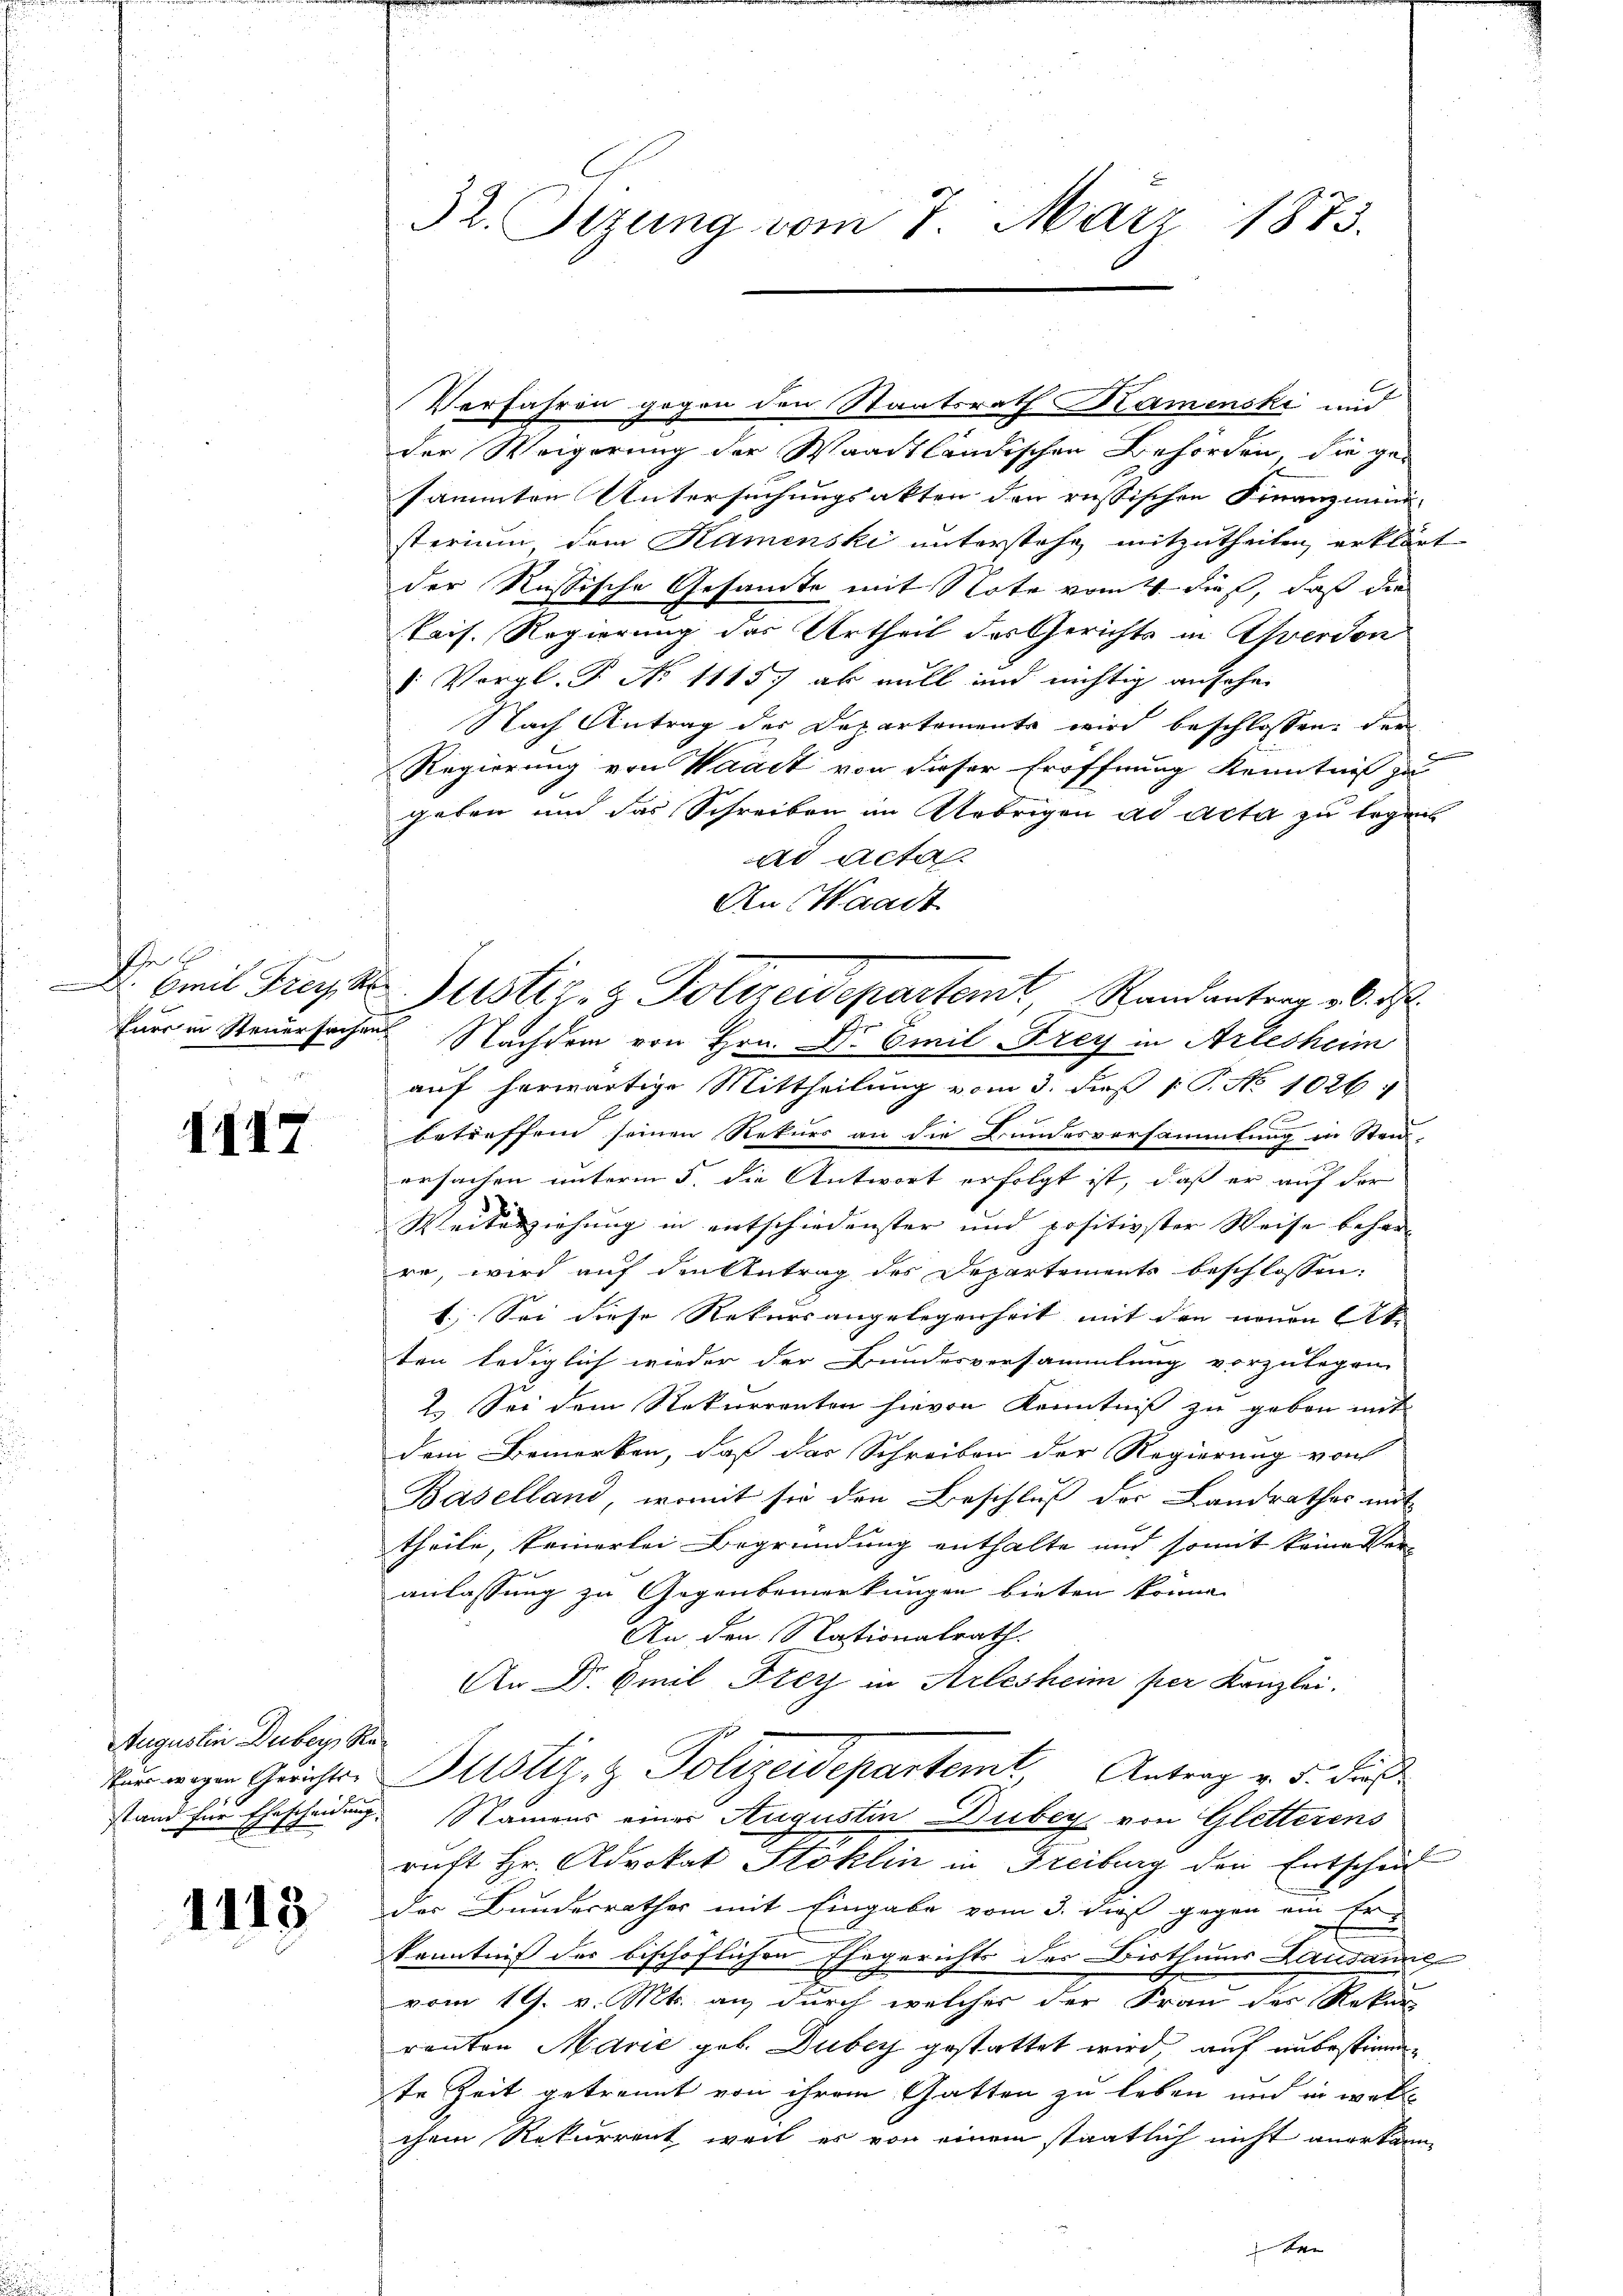
r
een und

III7

Augustin Duber Re¬
Purr wegen Gerichts-
stand für Ehescheidung

1113

32. Sizung vom 7. März 1873.

der Weigerung der Waadtländischen Behörden, die ge-
sammten Untersuchungsakten den russischen Finanzmini-
sterium, dem Kamenski unterstehe mitzutheilen erklärt
der Russische Gesamte mit Note vom 4. dieß, daß die
Pais. Regierung des Urtheil des Gerichts in Averdon
V Vergl. P. N. 1115. ab will und nichtig ansehe
Nach Antrag der Departemente wird beschlossen, der
Regierung von Waadt von dieser Eröffnung Kenntniß zu
geben und das Schreiben im Uebrigen ad acta zu legen
ad Acta
An Waadt
Euer in Steuersachen Nachdem von Hrn. Dr Emil Frey in Arlesheim
auf herwärtige Mittheilung vom 3. diß [ P. No 1026:
betreffend seinen Rekurs an die Bundesversammlung in Stei-
ersachen unterm 5. die Antwort erfolgt ist, daß er auf der
Weiterziehung in entschiedenster und positivster Weise beharre, wird auf den Antrag des Departements beschlossen:
1.) Sei diese Rekursangelegenheit mit den neuen (lt. |
ten lediglich wieder der Bundesversammlung vorzulegen
2. Sei dem Rekurrenten hievon Kenntniß zu geben mit
dem Bemerken, daß das Schreiben der Regierung von
Baselland, womit sie den Beschluß der Landrathes mit
theile, keinerlei Begründung enthalte und somit keine Ver-
anlassung zu Gegenbemerkungen bieten könne.
An den Nationalrath.
An Dr Emil Frey in Arlesheim per Kanzlei.
Justiz- & Polizeidepartemt, Antrag v. 5. dieß
Namens einer Augustin Dubey, von Gletterens
ruft Hr. Advokat Stoklin in Freiburg den Entschei
der Bundesrathes mit Eingabe vom 3. dieß gegen ein Er¬
Kenntniß des bischöflichen Ehegerichts des Bisthums Lausanne
vom 19. v. Mts. an, durch welcher der Frau der Rekur
ranten Marie geb. Duber gestattet wird, auf unbestimmte Zeit getrennt von ihrem Gatten zu leben und in welche
chem Rekurrent weil es von einem staatlich nicht anerkann¬

Verfahren gegen den Staatsrath Kamenski und

Emil Freyte Justiz- & Polizeidepartemt, Randantrag v. J.